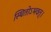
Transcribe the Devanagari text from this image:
स्थितोऽभवत्‌।